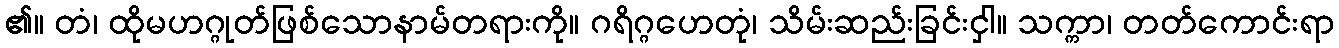
၏။ တံ၊ ထိုမဟဂ္ဂုတ်ဖြစ်သောနာမ်တရားကို။ ဂရိဂ္ဂဟေတုံ၊ သိမ်းဆည်းခြင်းငှါ။ သက္ကာ၊ တတ်ကောင်းရာ